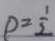
\rho = \frac { 1 } { 2 }